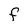
Character: F